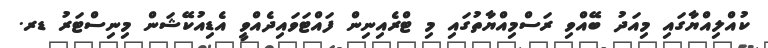
ކުއްލިއްޔާގައި މިއަދު ބޭއްވި ރަސްމިއްޔާތުގައި މި ޓްރެއިނިން ފައްޓަވައިދެއްވީ އެޑިއުކޭޝަން މިނިސްޓަރު ޑރ.